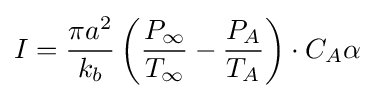
I={\frac {\pi a^{2}}{k_{b}}}\left({\frac {P_{\infty }}{T_{\infty }}}-{\frac {P_{A}}{T_{A}}}\right)\cdot C_{A}\alpha